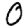
Digit: 0